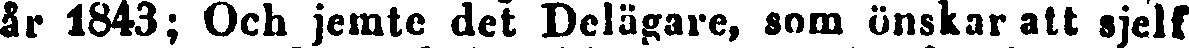
år 1843; Och jemte det Delägare, som önskar att sjelf